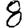
Digit: 8